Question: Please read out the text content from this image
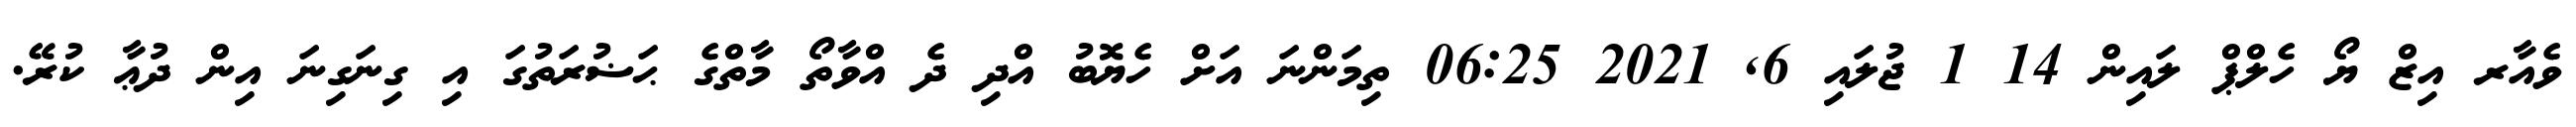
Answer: ވެއާރ އިޒް ޔޯ ހެލްޕް ލައިން 14 1 ޖުލައި 6, 2021 06:25 ތިމަންނަ އަށް ހެޔޮބު އްދި ދެ އްވާތޯ މާތްގެ ޙަޟުރަތުގަ އި ގިނަގިނަ އިން ދުޢާ ކުރޭ.